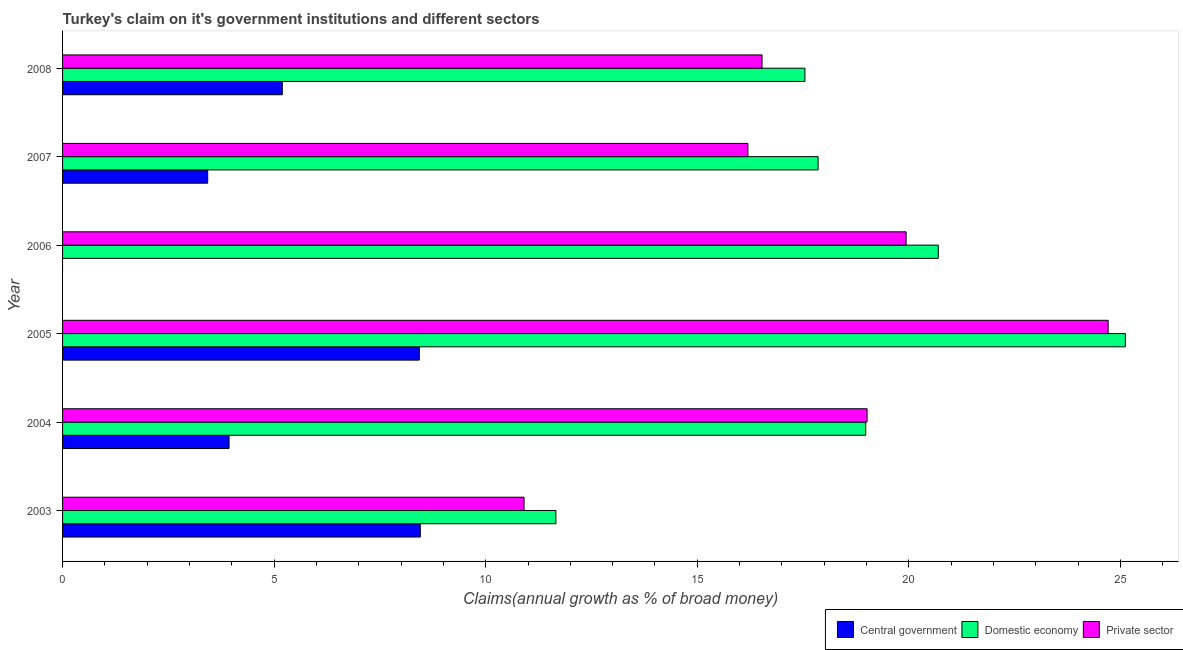
| Year | Central government | Domestic economy | Private sector |
 | --- | --- | --- | --- |
 | 2003 | 8.45 | 11.7 | 10.9 |
 | 2004 | 3.93 | 19 | 19 |
 | 2005 | 8.43 | 25.1 | 24.7 |
 | 2006 | -1.28 | 20.7 | 19.9 |
 | 2007 | 3.43 | 17.9 | 16.2 |
 | 2008 | 5.19 | 17.5 | 16.5 |